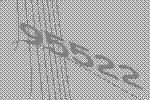
95522